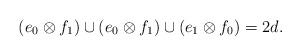
LaTeX: \begin{align*}(e_0 \otimes f_1) \cup (e_0 \otimes f_1) \cup (e_1 \otimes f_0) = 2d.\end{align*}